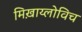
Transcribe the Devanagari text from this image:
मिख़ाय्लोविच